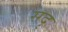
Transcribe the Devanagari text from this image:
सदृ